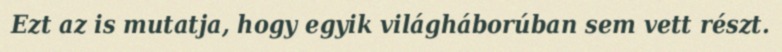
Ezt az is mutatja, hogy egyik világháborúban sem vett részt.